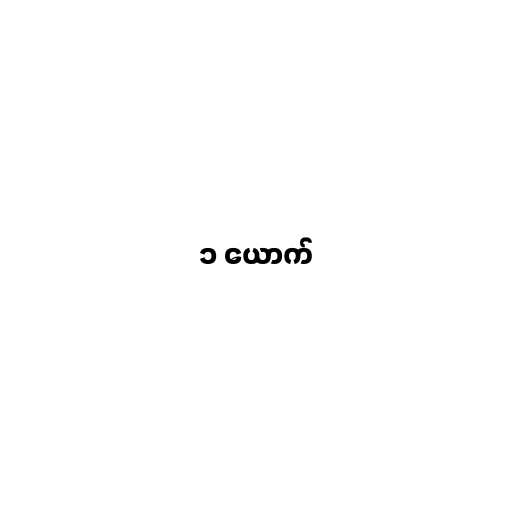
၁ ယောက်